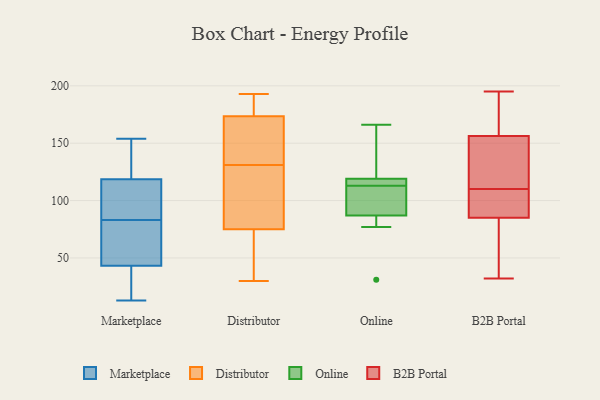
{"axis": {"x": "Shipments", "y": "Value"}, "legend": ["B2B Portal", "Distributor", "Marketplace", "Online"], "data": [{"x": "", "y": 35, "type": "Marketplace"}, {"x": "", "y": 81, "type": "Marketplace"}, {"x": "", "y": 128, "type": "Marketplace"}, {"x": "", "y": 135, "type": "Marketplace"}, {"x": "", "y": 17, "type": "Marketplace"}, {"x": "", "y": 68, "type": "Marketplace"}, {"x": "", "y": 154, "type": "Marketplace"}, {"x": "", "y": 90, "type": "Marketplace"}, {"x": "", "y": 13, "type": "Marketplace"}, {"x": "", "y": 83, "type": "Marketplace"}, {"x": "", "y": 88, "type": "Marketplace"}, {"x": "", "y": 191, "type": "Distributor"}, {"x": "", "y": 97, "type": "Distributor"}, {"x": "", "y": 181, "type": "Distributor"}, {"x": "", "y": 30, "type": "Distributor"}, {"x": "", "y": 174, "type": "Distributor"}, {"x": "", "y": 60, "type": "Distributor"}, {"x": "", "y": 171, "type": "Distributor"}, {"x": "", "y": 172, "type": "Distributor"}, {"x": "", "y": 72, "type": "Distributor"}, {"x": "", "y": 67, "type": "Distributor"}, {"x": "", "y": 131, "type": "Distributor"}, {"x": "", "y": 84, "type": "Distributor"}, {"x": "", "y": 122, "type": "Distributor"}, {"x": "", "y": 193, "type": "Distributor"}, {"x": "", "y": 155, "type": "Distributor"}, {"x": "", "y": 166, "type": "Online"}, {"x": "", "y": 119, "type": "Online"}, {"x": "", "y": 134, "type": "Online"}, {"x": "", "y": 87, "type": "Online"}, {"x": "", "y": 116, "type": "Online"}, {"x": "", "y": 111, "type": "Online"}, {"x": "", "y": 77, "type": "Online"}, {"x": "", "y": 101, "type": "Online"}, {"x": "", "y": 115, "type": "Online"}, {"x": "", "y": 31, "type": "Online"}, {"x": "", "y": 32, "type": "B2B Portal"}, {"x": "", "y": 116, "type": "B2B Portal"}, {"x": "", "y": 110, "type": "B2B Portal"}, {"x": "", "y": 184, "type": "B2B Portal"}, {"x": "", "y": 110, "type": "B2B Portal"}, {"x": "", "y": 105, "type": "B2B Portal"}, {"x": "", "y": 76, "type": "B2B Portal"}, {"x": "", "y": 156, "type": "B2B Portal"}, {"x": "", "y": 195, "type": "B2B Portal"}, {"x": "", "y": 41, "type": "B2B Portal"}, {"x": "", "y": 157, "type": "B2B Portal"}, {"x": "", "y": 128, "type": "B2B Portal"}, {"x": "", "y": 88, "type": "B2B Portal"}]}